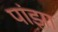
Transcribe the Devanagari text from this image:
पांझा